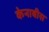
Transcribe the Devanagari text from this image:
केनाबीस